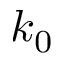
k _ { 0 }